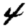
Digit: 4